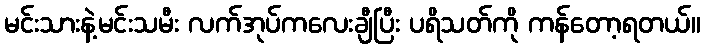
မင်းသားနဲ့မင်းသမီး လက်အုပ်ကလေးချီပြီး ပရိသတ်ကို ကန်တော့ရတယ်။